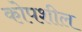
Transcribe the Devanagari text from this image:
कोपशील